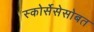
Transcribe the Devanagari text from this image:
स्कोर्सेसेसोबत